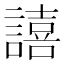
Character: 譆